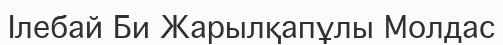
Ілебай Би Жарылқапұлы Молдас